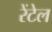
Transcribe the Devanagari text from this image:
रेंटेल